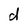
Character: d